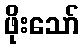
ဖိုးသော်